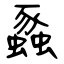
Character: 蟸